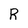
Character: R